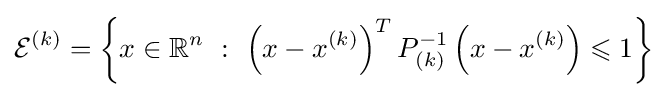
{\mathcal {E}}^{(k)}=\left\{x\in \mathbb {R} ^{n}\ :\ \left(x-x^{(k)}\right)^{T}P_{(k)}^{-1}\left(x-x^{(k)}\right)\leqslant 1\right\}